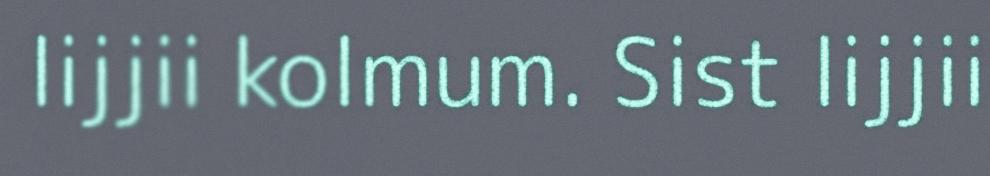
lijjii kolmum. Sist lijjii